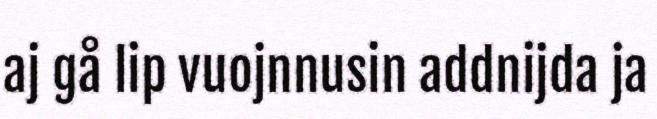
aj gå lip vuojnnusin addnijda ja